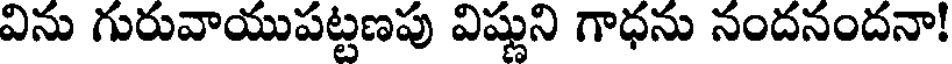
విను గురువాయుపట్టణపు విష్ణుని గాధను నందనందనా!